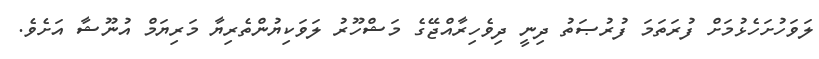
ލަވަހުށަހެޅުމަށް ފުރަތަމަ ފުރުޞަތު ދިނީ ދިވެހިރާއްޖޭގެ މަޝްހޫރު ލަވަކިޔުންތެރިޔާ މަރިޔަމް އުނޫޝާ އަށެވެ.